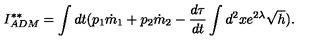
I _ { A D M } ^ { * * } = \int d t ( p _ { 1 } \dot { m } _ { 1 } + p _ { 2 } \dot { m } _ { 2 } - \frac { d \tau } { d t } \int d ^ { 2 } x e ^ { 2 \lambda } \sqrt { h } ) .